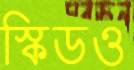
স্কিডও